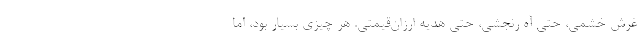
غرش خشمي، حتي آه رنجشي، حتي هديه ارزان‌قيمتي. هر چيزي بسيار بود، اما